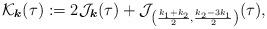
LaTeX: \begin{align*}\mathcal K_{\boldsymbol{k}}(\tau):=2\mathcal J_{\boldsymbol{k}}(\tau)+\mathcal J_{\left(\frac{k_1+k_2}{2},\frac{k_2-3k_1}{2}\right)}(\tau),\end{align*}